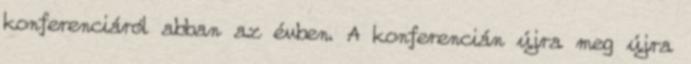
konferenciáról abban az évben. A konferencián újra meg újra